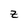
Character: z